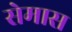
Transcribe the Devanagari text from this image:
सेमास